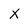
Character: X